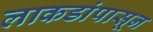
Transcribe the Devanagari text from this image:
लाकडांपासून